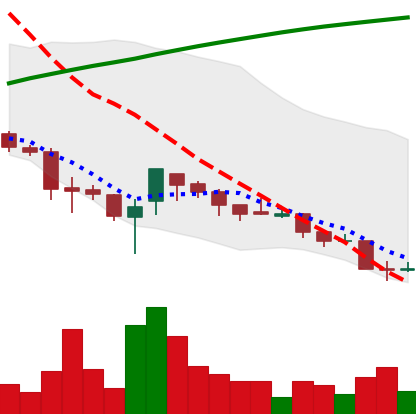
Ticker: XRP-USD
Chart end date: 2018-03-31
Forward return: -3.231%
Label: down_3_5